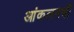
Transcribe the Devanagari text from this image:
आंकलनभी